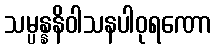
သမ္ပန္နနိဝါသနပါဝုရဏော